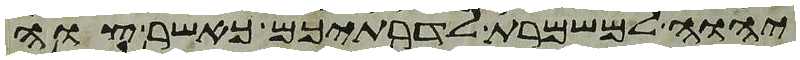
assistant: יהוה למשמרת לדרתיכם כאשר צוה